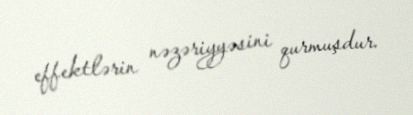
effektlərin nəzəriyyəsini qurmuşdur.